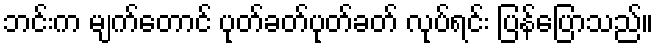
ဘင်းက မျက်တောင် ပုတ်ခတ်ပုတ်ခတ် လုပ်ရင်း ပြန်ပြောသည်။